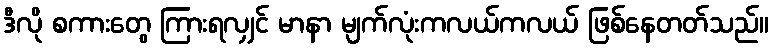
ဒီလို စကားတွေ ကြားရလျှင် မာနာ မျက်လုံးကလယ်ကလယ် ဖြစ်နေတတ်သည်။